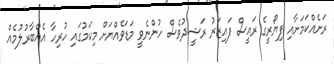
ރަށެެއްކަމަށާއި ފިޔޯރީގެ ރައީސް ފައިޒަރު ރަޝީދުވެސް ހުންނެވީ މަޑަވެއްޔަށް މިކަމުގައި ހުރިހާ އެއްބާރުލުމެއް